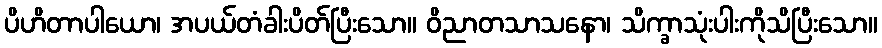
ပိဟိတာပါယော၊ အပယ်တံခါးပိတ်ပြီးသော။ ဝိညာတသာသနော၊ သိက္ခာသုံးပါးကိုသိပြီးသော။